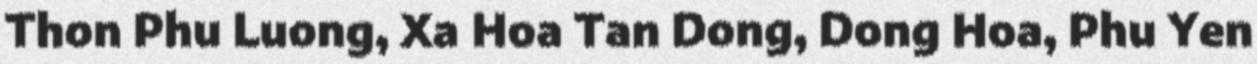
Thon Phu Luong, Xa Hoa Tan Dong, Dong Hoa, Phu Yen